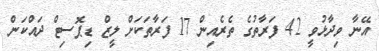
އޭނާ ވިދާޅުވީ 42 ފަރާތުގެ ތެރެއިން 17 ފަރާތަކަށް ލީޒް ޑިޕޮސިޓް ދައްކަން